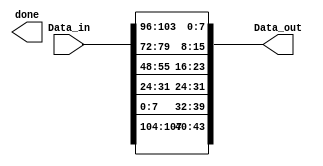
module inverse_rows (
  //input wire clk,
  //input wire reset,    
  input  wire  [0:127] Data_in,
    output wire [127:0] Data_out,
	output reg done );
	
   reg [127:0] temp;  
	reg [127:0] Data_reg;
	
	
	always @*
    begin
    	
    	 Data_reg = Data_in;
	   
		 //Inverse Shift Rows
		 
		 //first column
	    temp[127:120] = Data_reg[127:120];
	    temp[87:80] = Data_reg[119:112];
	    temp[43:40] = Data_reg[111:104];
	    temp[7:0] = Data_reg[103:96];
	 
	    //second column
	    temp[95:88] = Data_reg[95:88];
	    temp[55:48] = Data_reg[87:80];
	    temp[15:8] = Data_reg[79:72];
	    temp[103:96] = Data_reg[71:64];
	
	    //third column
	    temp[63:56] = Data_reg[63:56];
	    temp[23:16] = Data_reg[55:48];
	    temp[111:104] = Data_reg[47:40];
	    temp[71:64] = Data_reg[39:32];
	    
		 //forth column 
	    temp[31:24] = Data_reg[31:24];
	    temp[119:112] = Data_reg[23:16];
	    temp[79:72] = Data_reg[15:8];
	    temp[39:32] = Data_reg[7:0];
	    
	    Data_reg[127:0] = temp[127:0];
    end
    
    assign Data_out = Data_reg;
    
endmodule